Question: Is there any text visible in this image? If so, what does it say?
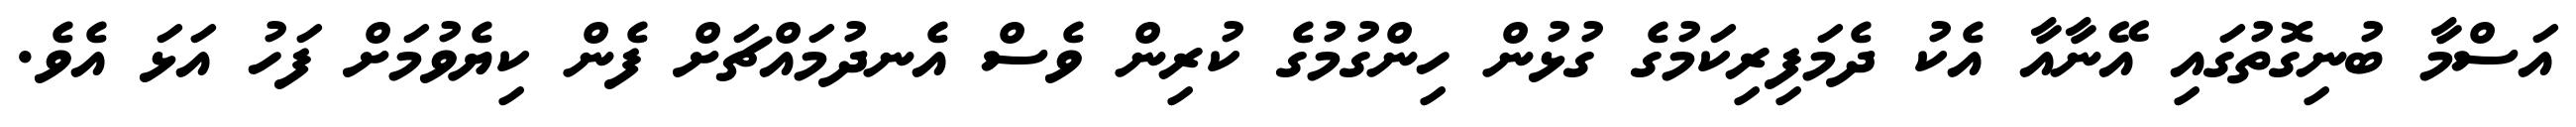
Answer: އަސްމާ ބުނިގޮތުގައި އޭނާއާ އެކު ދެމަފިރިކަމުގެ ގުޅުން ހިންގުމުގެ ކުރިން ވެސް އެނދުމައްޗަށް ފެން ކިޔެވުމަށް ފަހު އަޅަ އެވެ.